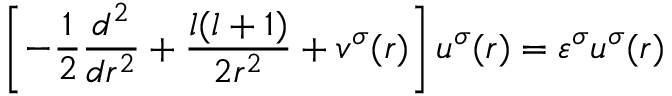
\left[ - \frac { 1 } { 2 } \frac { d ^ { 2 } } { d r ^ { 2 } } + \frac { l ( l + 1 ) } { 2 r ^ { 2 } } + v ^ { \sigma } ( r ) \right] u ^ { \sigma } ( r ) = \varepsilon ^ { \sigma } u ^ { \sigma } ( r )